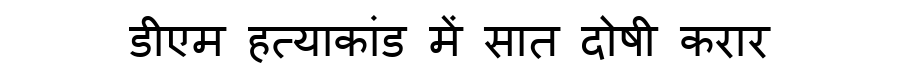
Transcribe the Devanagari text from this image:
डीएम हत्याकांड में सात दोषी करार